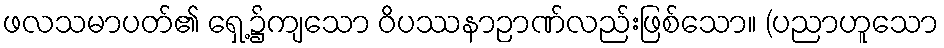
ဖလသမာပတ်၏ ရှေ့၌ကျသော ဝိပဿနာဉာဏ်လည်းဖြစ်သော။ (ပညာဟူသော